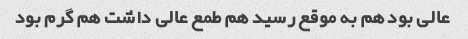
عالی بود هم به موقع رسید هم طمع عالی داشت هم گرم بود